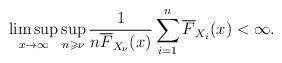
LaTeX: \begin{align*}\limsup_{x\to\infty}\sup_{n\geqslant\nu}\frac{1}{n\overline{F}_{X_\nu}(x)}\sum\limits_{i=1}^{n}\overline{F}_{X_i}(x)<\infty.\end{align*}